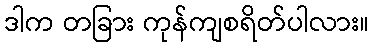
ဒါက တခြား ကုန်ကျစရိတ်ပါလား။